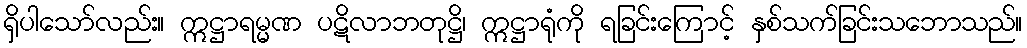
ရှိပါသော်လည်း။ ဣဋ္ဌာရမ္မဏ ပဋိလာဘတုဋ္ဌိ၊ ဣဋ္ဌာရုံကို ရခြင်းကြောင့် နှစ်သက်ခြင်းသဘောသည်။